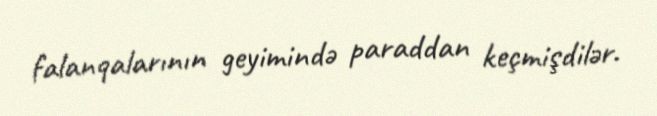
falanqalarının geyimində paraddan keçmişdilər.